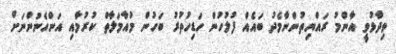
ވިދާޅުވީ އާންމު ރައްޔިތުންނާމެދު ބައެއް ފުލުހުން ހަޑިހުތުރު ބަހުން މުއާމަލާތް ކުރުމާއި އަންހެނުންނަށް